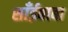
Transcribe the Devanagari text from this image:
साँईबाबा